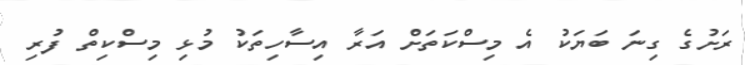
ރަށުގެ ގިނަ ބަޔަކު އެ މިސްކަތަށް އަރާ އިސާހިތަކު މުޅި މިސްކިތް ފުރި